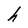
Character: h